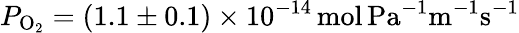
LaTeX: P_{\mathrm{O_{2}}}=(1.1\pm 0.1)\times 10^{-14}\, \mathrm{mol\, Pa^{-1}m^{-1}s^{-1}}